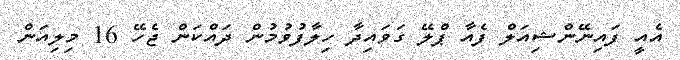
އެއީ ފައިނޭންޝިއަލް ފެއާ ޕްލޭ ގަވައިދާ ހިލާފުވުމުން ދައްކަން ޖެހޭ 16 މިލިއަން